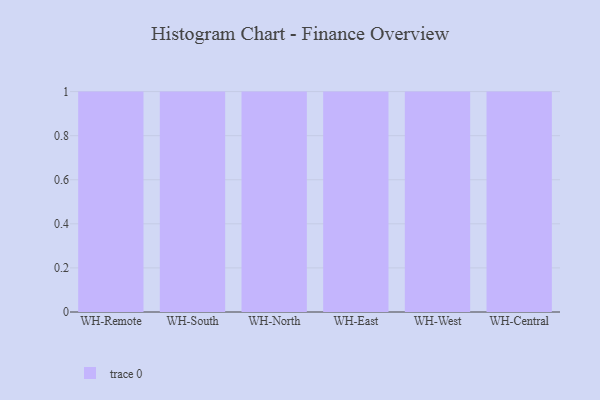
{"axis": {"x": "Warehouse", "y": "Demand Index"}, "legend": [""], "data": [{"x": "WH-Remote", "y": 35, "type": ""}, {"x": "WH-South", "y": 50, "type": ""}, {"x": "WH-North", "y": 31, "type": ""}, {"x": "WH-East", "y": 96, "type": ""}, {"x": "WH-West", "y": 81, "type": ""}, {"x": "WH-Central", "y": 77, "type": ""}]}